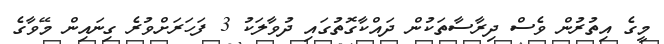
މީގެ އިތުރުން ވެސް ދިރާސާތަކުން ދައްކާގޮތުގައި ދުވާލަކު 3 ފަހަރަށްވުރެ ގިނައިން މޭވާގެ